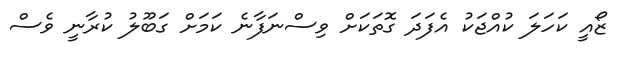
ޒޯއީ ކަހަލަ ކުއްޖަކު އެފަދަ ގޮތަކަށް ވިސްނަފާނެ ކަމަށް ގަބޫލު ކުރާނީ ވެސް